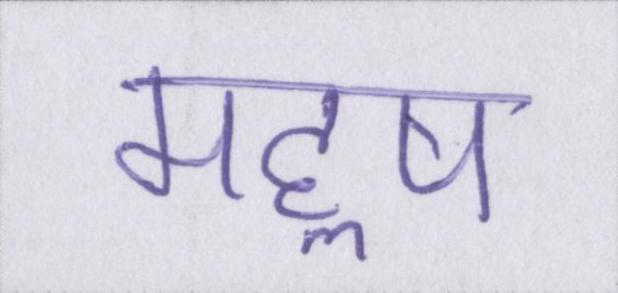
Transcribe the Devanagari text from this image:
महॢष